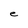
Character: e